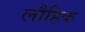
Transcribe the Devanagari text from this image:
लौहिक